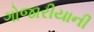
ગોજારીયાની